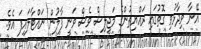
އޭނާ ވިދާޅުވި ގޮތުގައި ރައްޔިތުންގެ މަޖިލިސް ވެސް ވަނީ ފާލުން ނައްޓާލައިފަ އެވެ.